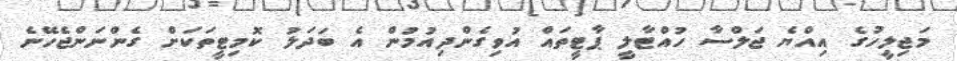
މަޖިލީހުގެ އިއްޔެ ޖަލްސާ ހުއްޓާލީ ޕާޓީތައް އުވިގެންދިއުމުން އެ ބަދަލު ކޮމިޓީތަކަށް ގެންނަންޖެހޭނެ